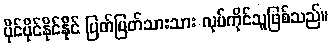
ပိုင်ပိုင်နိုင်နိုင် ပြတ်ပြတ်သားသား လုပ်ကိုင်သူဖြစ်သည်။